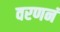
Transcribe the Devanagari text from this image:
वरणनं